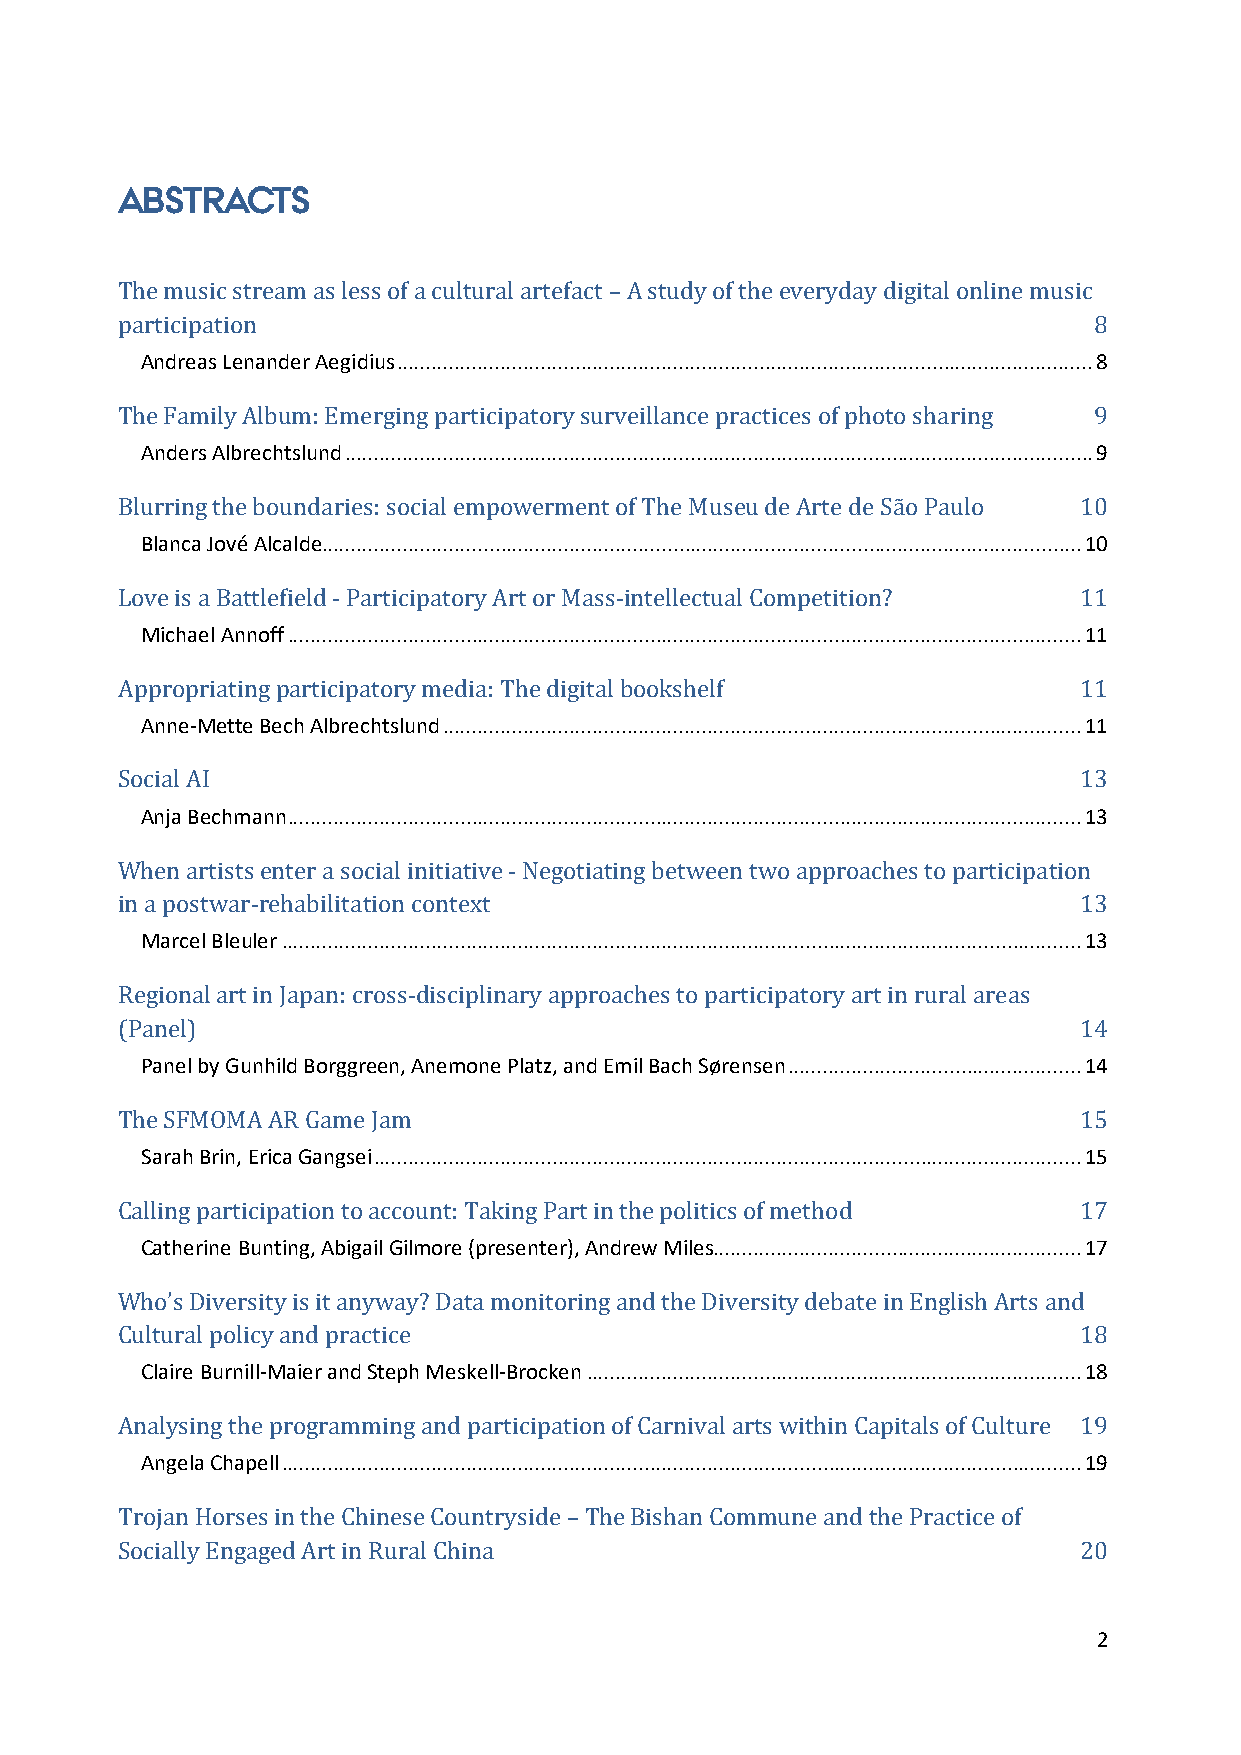
ABSTRACTS
 The music stream as less of a cultural artefact – A study of the everyday digital online music
 Andreas Lenander Aegidius ......................................................................................................................... 8
 participation                                                   8
 Anders Albrechtslund .................................................................................................................................. 9
 The Family Album: Emerging participatory surveillance practices of photo sharing 9
 Blanca Jové Alcalde .................................................................................................................................... 10
 Blurring the boundaries: social empowerment of The Museu de Arte de São Paulo 10
 Michael Annoff .......................................................................................................................................... 11
 Love is a Battlefield - Participatory Art or Mass-intellectual Competition? 11
 Anne-Mette Bech Albrechtslund ............................................................................................................... 11
 Appropriating participatory media: The digital bookshelf       11
 Anja Bechmann .......................................................................................................................................... 13
 Social AI                                                      13
 When artists enter a social initiative - Negotiating between two approaches to participation
 Marcel Bleuler ........................................................................................................................................... 13
 in a postwar-rehabilitation context                            13
 Regional art in Japan: cross-disciplinary approaches to participatory art in rural areas
 Panel by Gunhild Borggreen, Anemone Platz, and Emil Bach Sørensen ................................................... 14
 (Panel)                                                        14
 Sarah Brin, Erica Gangsei ........................................................................................................................... 15
 The SFMOMA AR Game Jam                                         15
 Catherine Bunting, Abigail Gilmore (presenter), Andrew Miles................................................................ 17
 Calling participation to account: Taking Part in the politics of method 17
 Who’s Diversity is it anyway? Data monitoring and the Diversity debate in English Arts and
 Claire Burnill-Maier and Steph Meskell-Brocken ...................................................................................... 18
 Cultural policy and practice                                   18
 Angela Chapell ........................................................................................................................................... 19
 Analysing the programming and participation of Carnival arts within Capitals of Culture 19
 Trojan Horses in the Chinese Countryside – The Bishan Commune and the Practice of
 Socially Engaged Art in Rural China                            20
 2